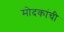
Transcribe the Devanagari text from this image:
मोदकांची